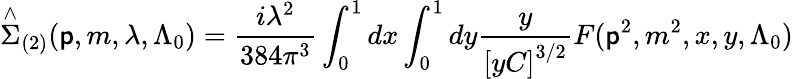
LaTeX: \stackrel{\wedge}{\Sigma}_{(2)}(\mathsf{p},m,\lambda,\Lambda_{0})=\frac{{i\lambda^{2}}}{{384\pi^{3}}}\int_{0}^{1}dx\int_{0}^{1}dy\frac{y}{{\left[yC\right]^{3/2}}}F(\mathsf{p}^{2},m^{2},x,y,\Lambda_{0})